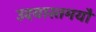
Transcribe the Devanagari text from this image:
उदयास्तमयौ